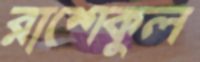
রাশেকুল